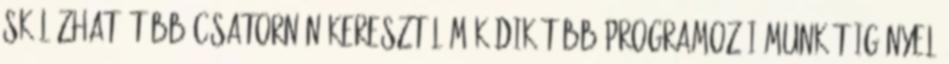
skálázható több csatornán keresztül működik több programozói munkát igényel